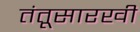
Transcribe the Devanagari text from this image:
तंतूसारखी